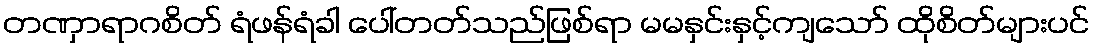
တဏှာရာဂစိတ် ရံဖန်ရံခါ ပေါ်တတ်သည်ဖြစ်ရာ မမနှင်းနှင့်ကျသော် ထိုစိတ်များပင်